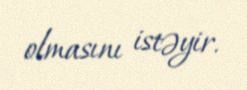
olmasını istəyir.